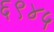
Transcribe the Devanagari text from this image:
६९४५